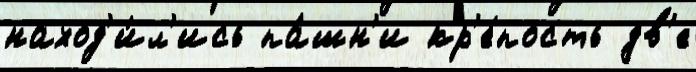
наход'и́л'ись па́шн'и кр'е́пость дв'е